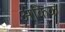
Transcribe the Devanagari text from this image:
अंकिक